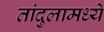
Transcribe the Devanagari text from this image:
तांदुलामध्ये